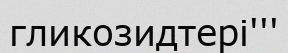
гликозидтері'''